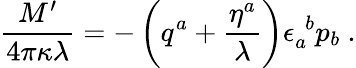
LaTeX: {\frac{M^{\prime}}{4\pi\kappa\lambda}}=-\left(q^{a}+{\frac{\eta^{a}}{\lambda}}\right)\epsilon_{a}^{~~b}p_{b}~.